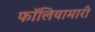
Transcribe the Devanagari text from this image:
फॉलियामारी